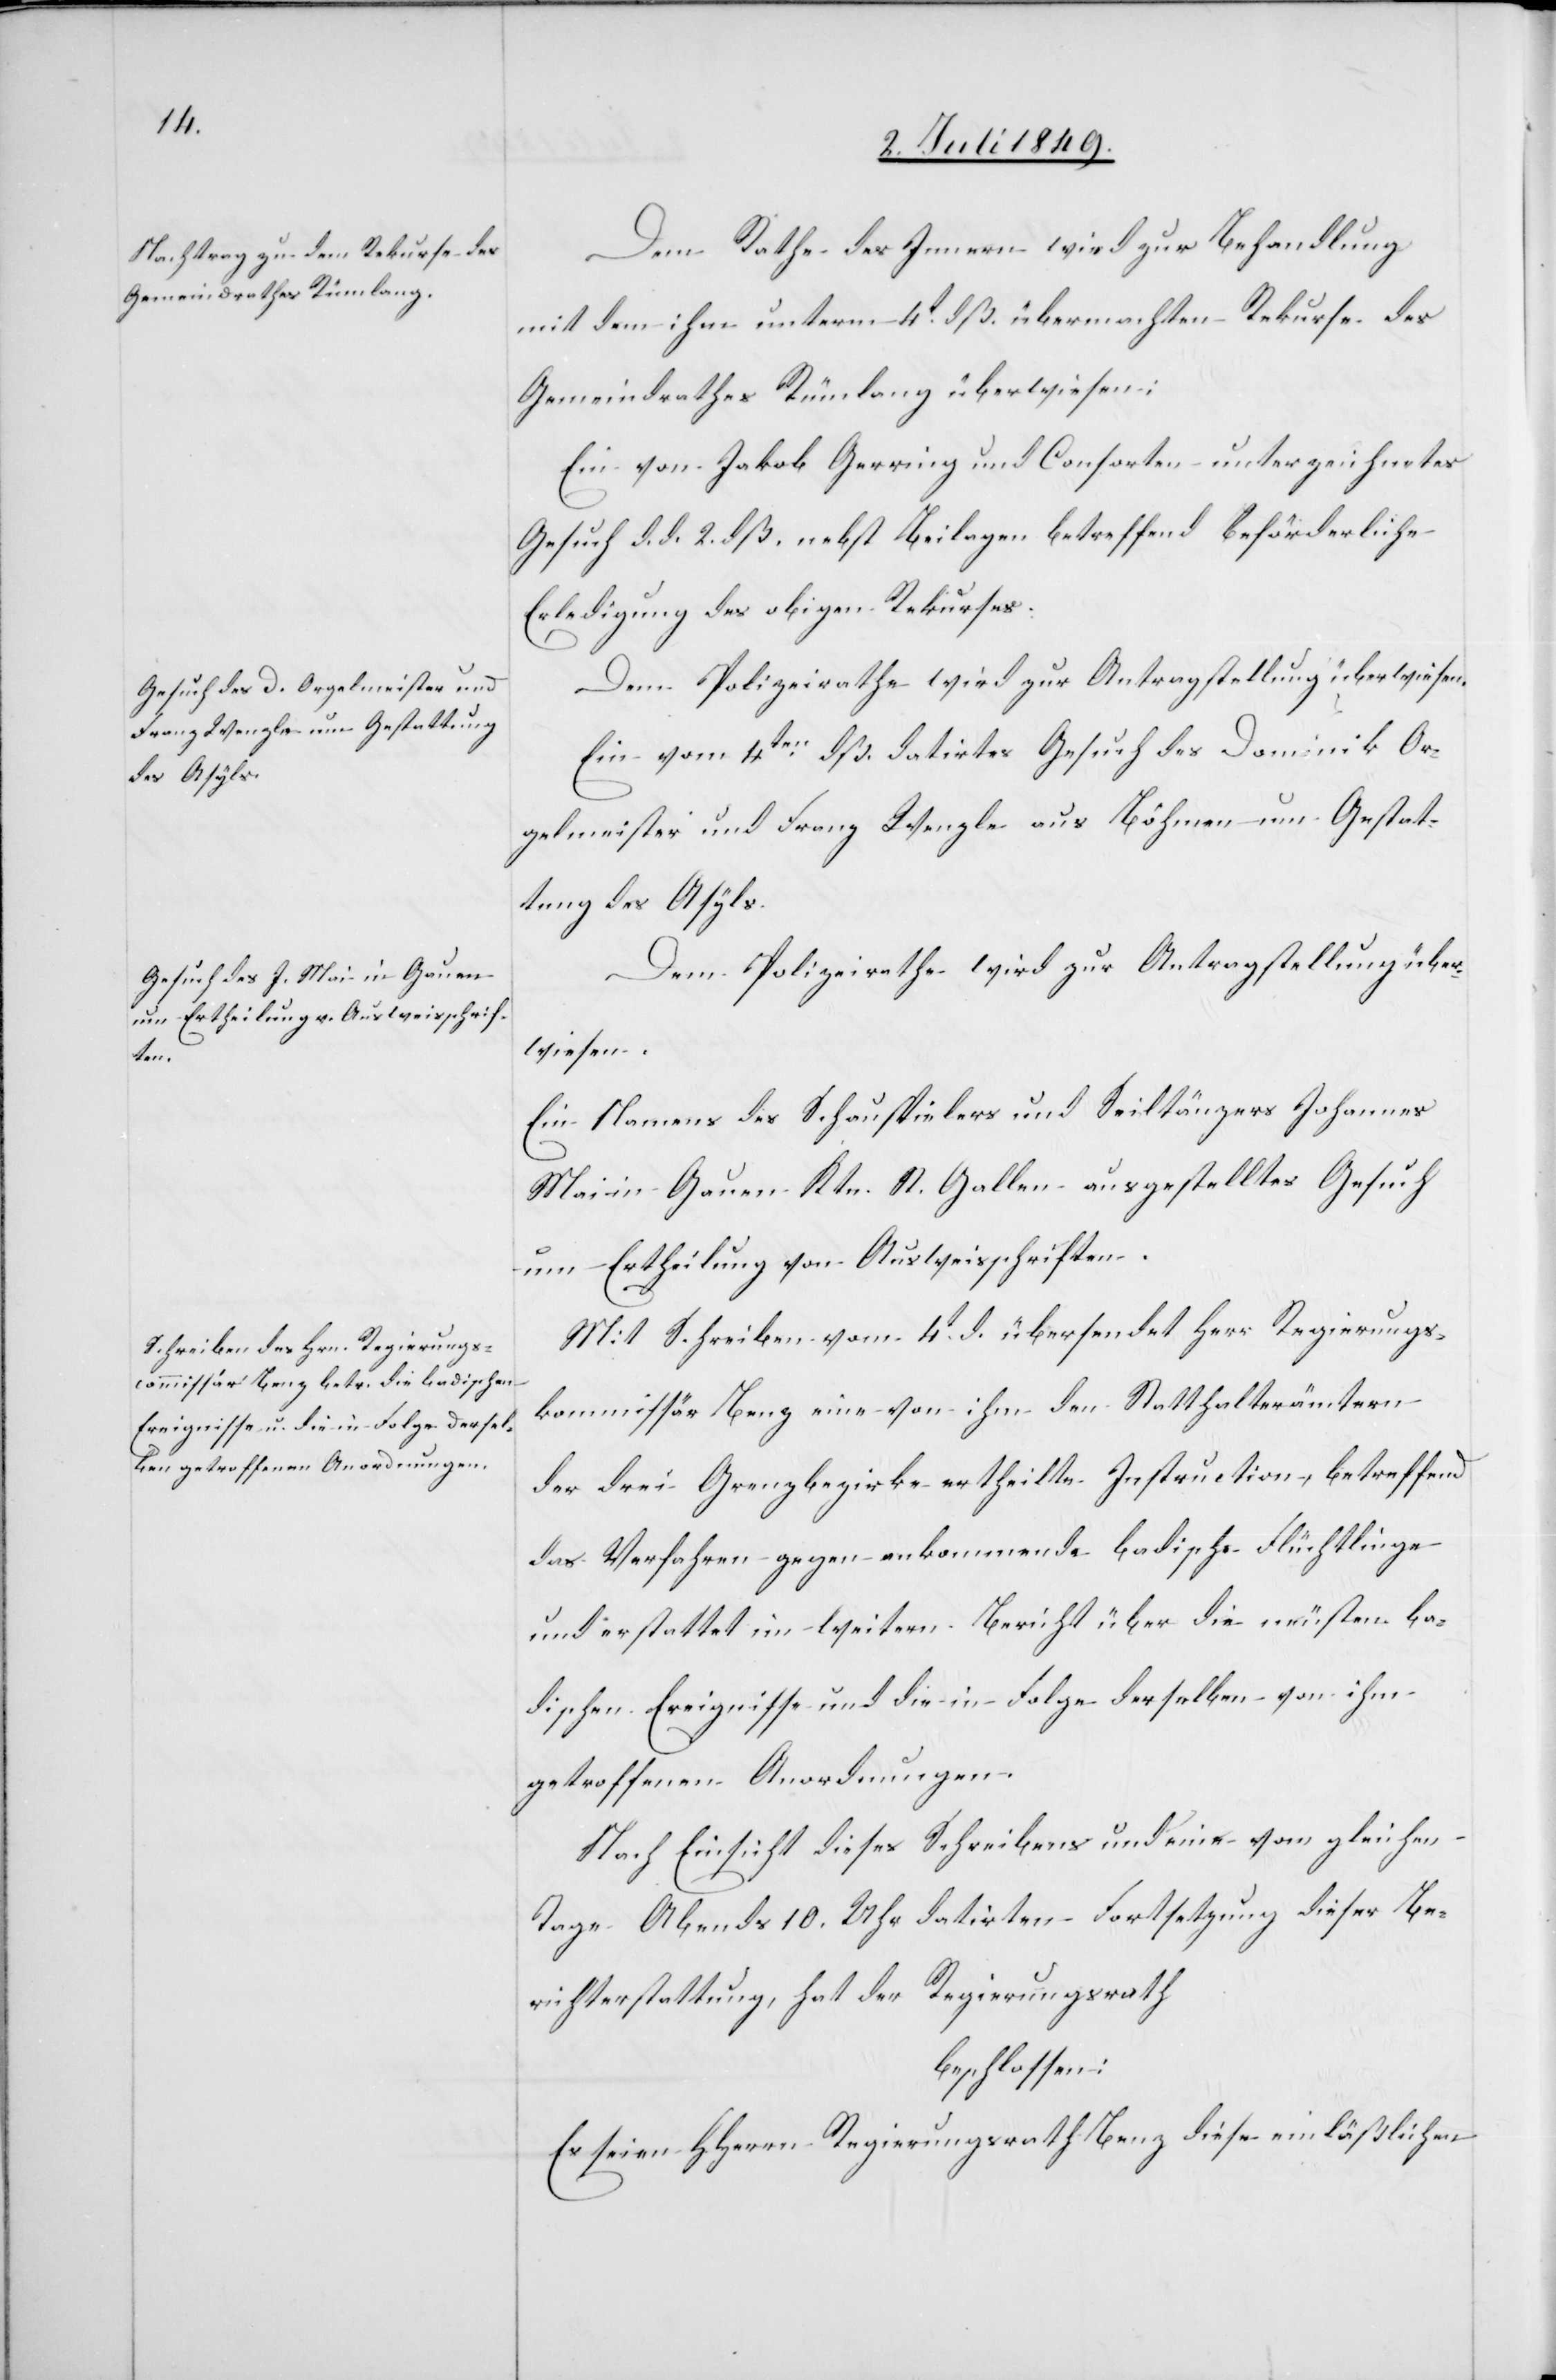
den

5. Juli 1849.]
Dem Rathe des Innern wird zur Behandlung
mit dem ihm unterm 4t dß. übermachten Rekurse des
Gemeindrathes Rümlang überwiesen:
Ein vom Jakob Gerring und Consorten unterzeichnetes
Gesuch d. d. 2. dß. nebst Beilagen betreffend beförderliche
Erledigung des obigen Rekurses.
Dem Polizeirathe wird zur Antragstellung überwiesen.
Ein vom 4ten dß. datirtes Gesuch des Dominik Or¬
gelmeister und Franz Wenzle aus Böhmen um Gestat¬
tung des Asyls.
Ein Namens des Schauspielers und Seiltänzers Johannes
Mai in Gauen Ktn. St. Gallen ausgestelltes Gesuch
um Ertheilung von Ausweisschriften.
Mit Schreiben vom 4t d. übersendet Herr Regierungs¬
kommissär Benz eine von ihm den Statthalterämtern
der drei Grenzbezirke ertheilte Instruction, betreffend
das Verfahren gegen ankommende badische Flüchtlinge
und erstattet im weitern Bericht über die neusten ba¬
dischen Ereignisse und die in Folge derselben von ihm
getroffenen Anordnungen.
Nach Einsicht dieses Schreibens und eine vom gleichen
Tage Abends 10. Uhr datirten Fortsetzung dieser Be¬
richterstattung, hat der Regierungsrath
beschlossen:
Es seien HHerrn Regierungsrath Benz diese einläßlichen